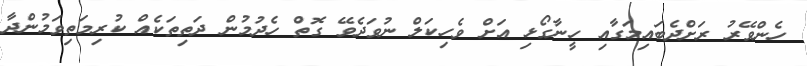
ހެންވޭރު ރަށްދެބައިމަގާއި ހީނާގޯޅި އަށް ވެހިކަލް ނުވަދެވޭ ގޮތް ހެދުމުން ދަތިތަކެއް ކުރިމަތިވަމުންދާ